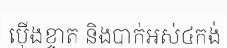
ប៉ើងខ្ទាត និងបាក់អស់៤កង់